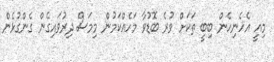
މިއީ އެހެނިހެން ބިބީ ތަކަށް ވުރެ ބޮޑުވާ މަހެއްކަމުން މިމަސް ދިރުވައިގެން ގެންގުޅެން